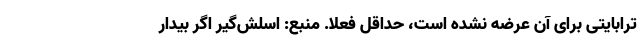
ترابایتی برای آن عرضه نشده است، حداقل فعلا. منبع: اسلش‌گیر اگر بیدار